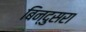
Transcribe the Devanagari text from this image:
बिन्दुसरा